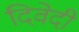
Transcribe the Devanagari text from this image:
दिवेदी